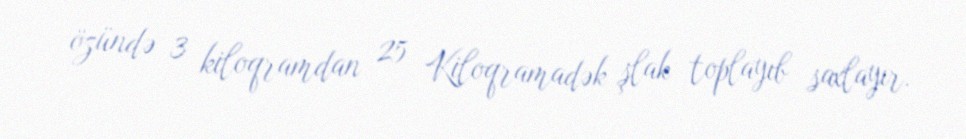
özündə 3 kiloqramdan 25 Kiloqramadək şlak toplayıb saxlayır.